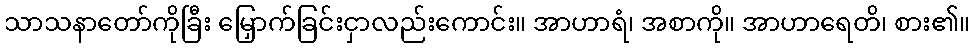
သာသနာတော်ကိုခြီး မြှောက်ခြင်းငှာလည်းကောင်း။ အာဟာရံ၊ အစာကို။ အာဟာရေတိ၊ စား၏။